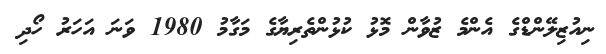
ނިއުޒިލޭންޑްގެ އެންމެ ޒުވާން މޮޅު ކުޅުންތެރިޔާގެ މަގާމު 1980 ވަނަ އަހަރު ހޯދި